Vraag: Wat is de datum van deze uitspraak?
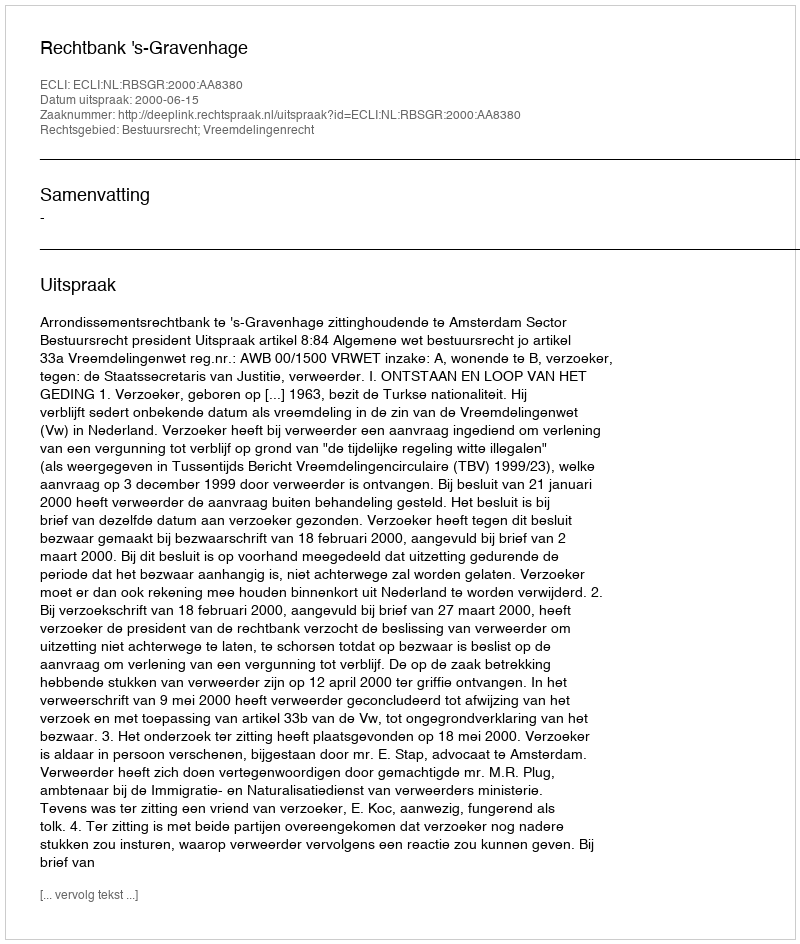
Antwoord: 2000-06-15